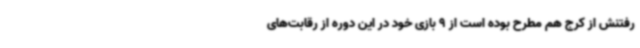
رفتنش از کرج هم مطرح بوده است از 9 بازی خود در این دوره از رقابت‌های